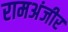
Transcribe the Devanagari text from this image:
रामअंजीर